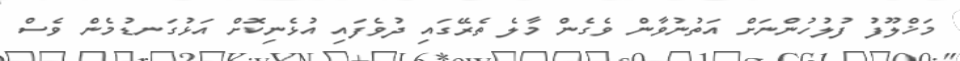
މަޚްލޫފު ފުލުހުންނަށް އަތުނުވާން ވެގެން މާލެ ތެރޭގައި ދުވެފައި އުޅެނިކޮށް އަޅުގަނޑުމެން ވެސް